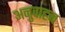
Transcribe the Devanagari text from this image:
अनुवाहन